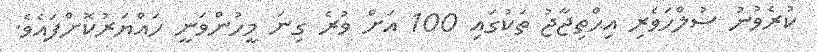
ކުރެވުނު ސުލްހަވެރި އިޙްތިޖާޖު ތަކުގައި 100 އަށް ވުރެ ގިނަ މީހުންވަނީ ހައްޔަރުކޮށްފައެވެ.